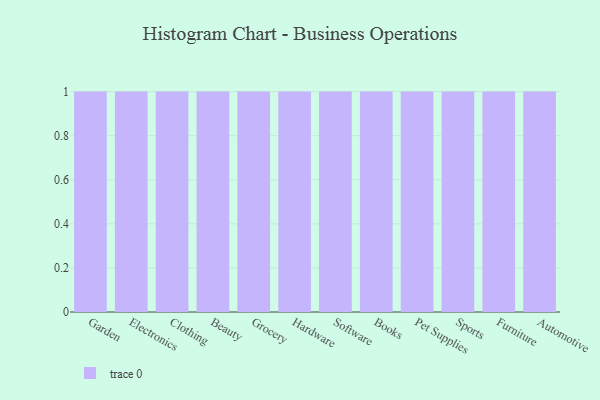
{"axis": {"x": "Category", "y": "Waste Production (Tons)"}, "legend": [""], "data": [{"x": "Garden", "y": 91, "type": ""}, {"x": "Electronics", "y": 7, "type": ""}, {"x": "Clothing", "y": 12, "type": ""}, {"x": "Beauty", "y": 60, "type": ""}, {"x": "Grocery", "y": 58, "type": ""}, {"x": "Hardware", "y": 30, "type": ""}, {"x": "Software", "y": 13, "type": ""}, {"x": "Books", "y": 75, "type": ""}, {"x": "Pet Supplies", "y": 23, "type": ""}, {"x": "Sports", "y": 46, "type": ""}, {"x": "Furniture", "y": 6, "type": ""}, {"x": "Automotive", "y": 87, "type": ""}]}